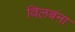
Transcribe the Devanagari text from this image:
विलबंना